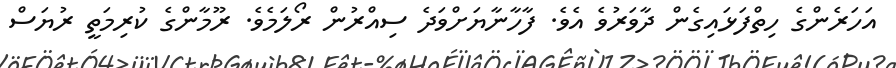
އަހަރެންގެ ހިތްފަޅައިގެން ދާވަރުވެ އެވެ. ފާހާނާޔަށްވަދެ ސިއްރުން ރޯލަމެވެ. ރޫމާންގެ ކުރިމަތީ ރުޔަސް